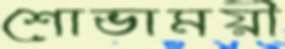
শোভাময়ী